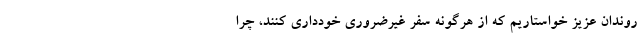
روندان عزیز خواستاریم که از هرگونه سفر غیرضروری خودداری کنند، چرا